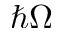
\hbar \Omega